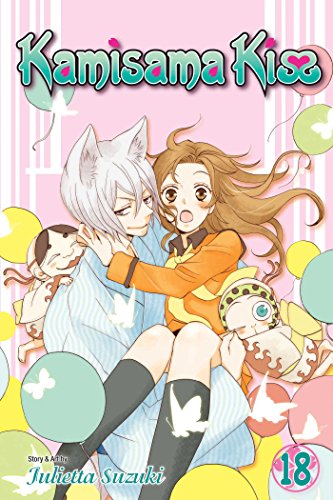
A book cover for Kamisama Kiss, Vol. 18; Julietta Suzuki; Comics & Graphic Novels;